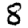
Digit: 8